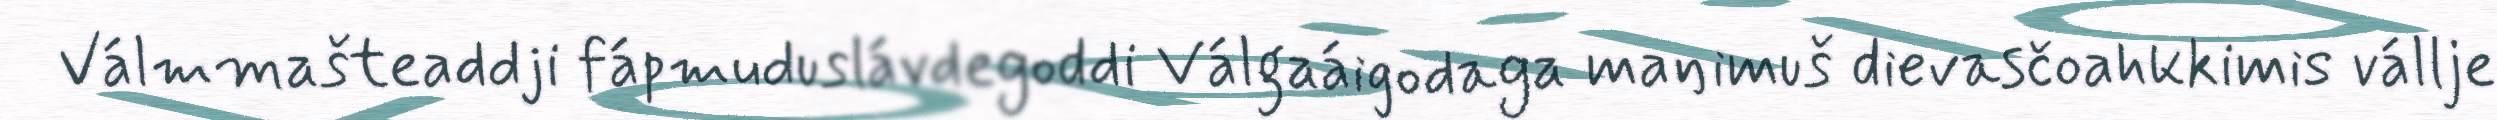
Válmmašteaddji fápmuduslávdegoddi Válgaáigodaga maŋimuš dievasčoahkkimis vállje